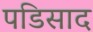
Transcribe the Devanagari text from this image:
पडिसाद